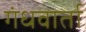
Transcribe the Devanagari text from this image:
गंधवार्ता